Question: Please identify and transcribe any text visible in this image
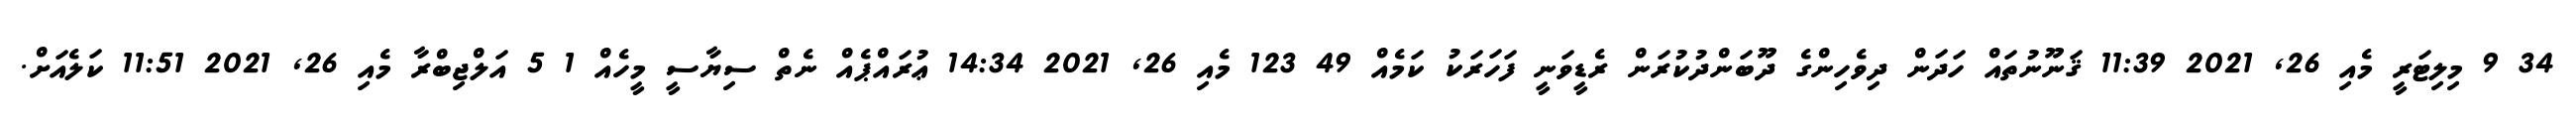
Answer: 34 9 މިލިޓަރީ މެއި 26, 2021 11:39 ޤަނޫނުތައް ހަދަން ދިވެހިންގެ ދޫބަންދުކުރަން ރެޑީވަނީ ފަހަރަކު ކަމެއް 49 123 މެއި 26, 2021 14:34 ޢުރައްޕެއް ނެތް ސިޔާސީ މީހެއް 1 5 އަލްޖިބްރާ މެއި 26, 2021 11:51 ކަލެއަށް.